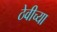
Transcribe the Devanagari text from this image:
ठेवीच्या